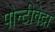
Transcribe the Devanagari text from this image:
पोन्टीवेद्रा